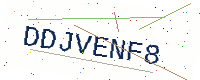
Text: DDJVENF8